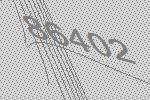
86402